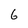
Character: 6